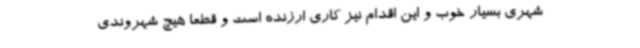
شهری بسیار خوب و این اقدام نیز کاری ارزنده است و قطعاً هیچ شهروندی